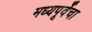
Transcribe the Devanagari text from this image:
मध्यपूर्वेचा